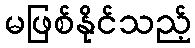
မဖြစ်နိုင်သည့်